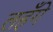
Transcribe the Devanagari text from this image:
लहँगे